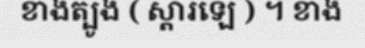
ខាងត្បូង ( ស្តារឡេ ) ។ ខាង